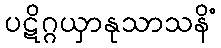
ပဋိဂ္ဂယှာနုသာသနိံ